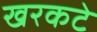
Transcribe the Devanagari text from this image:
खरकटे